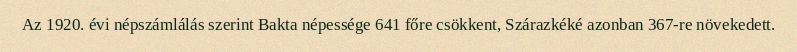
Az 1920. évi népszámlálás szerint Bakta népessége 641 főre csökkent, Szárazkéké azonban 367-re növekedett.